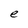
Character: e